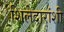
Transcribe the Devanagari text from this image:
शिलेदारांशी